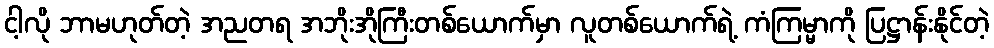
ငါ့လို ဘာမဟုတ်တဲ့ အညတရ အဘိုးအိုကြီးတစ်ယောက်မှာ လူတစ်ယောက်ရဲ့ ကံကြမ္မာကို ပြဋ္ဌာန်းနိုင်တဲ့